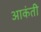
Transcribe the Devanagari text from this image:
आकंती